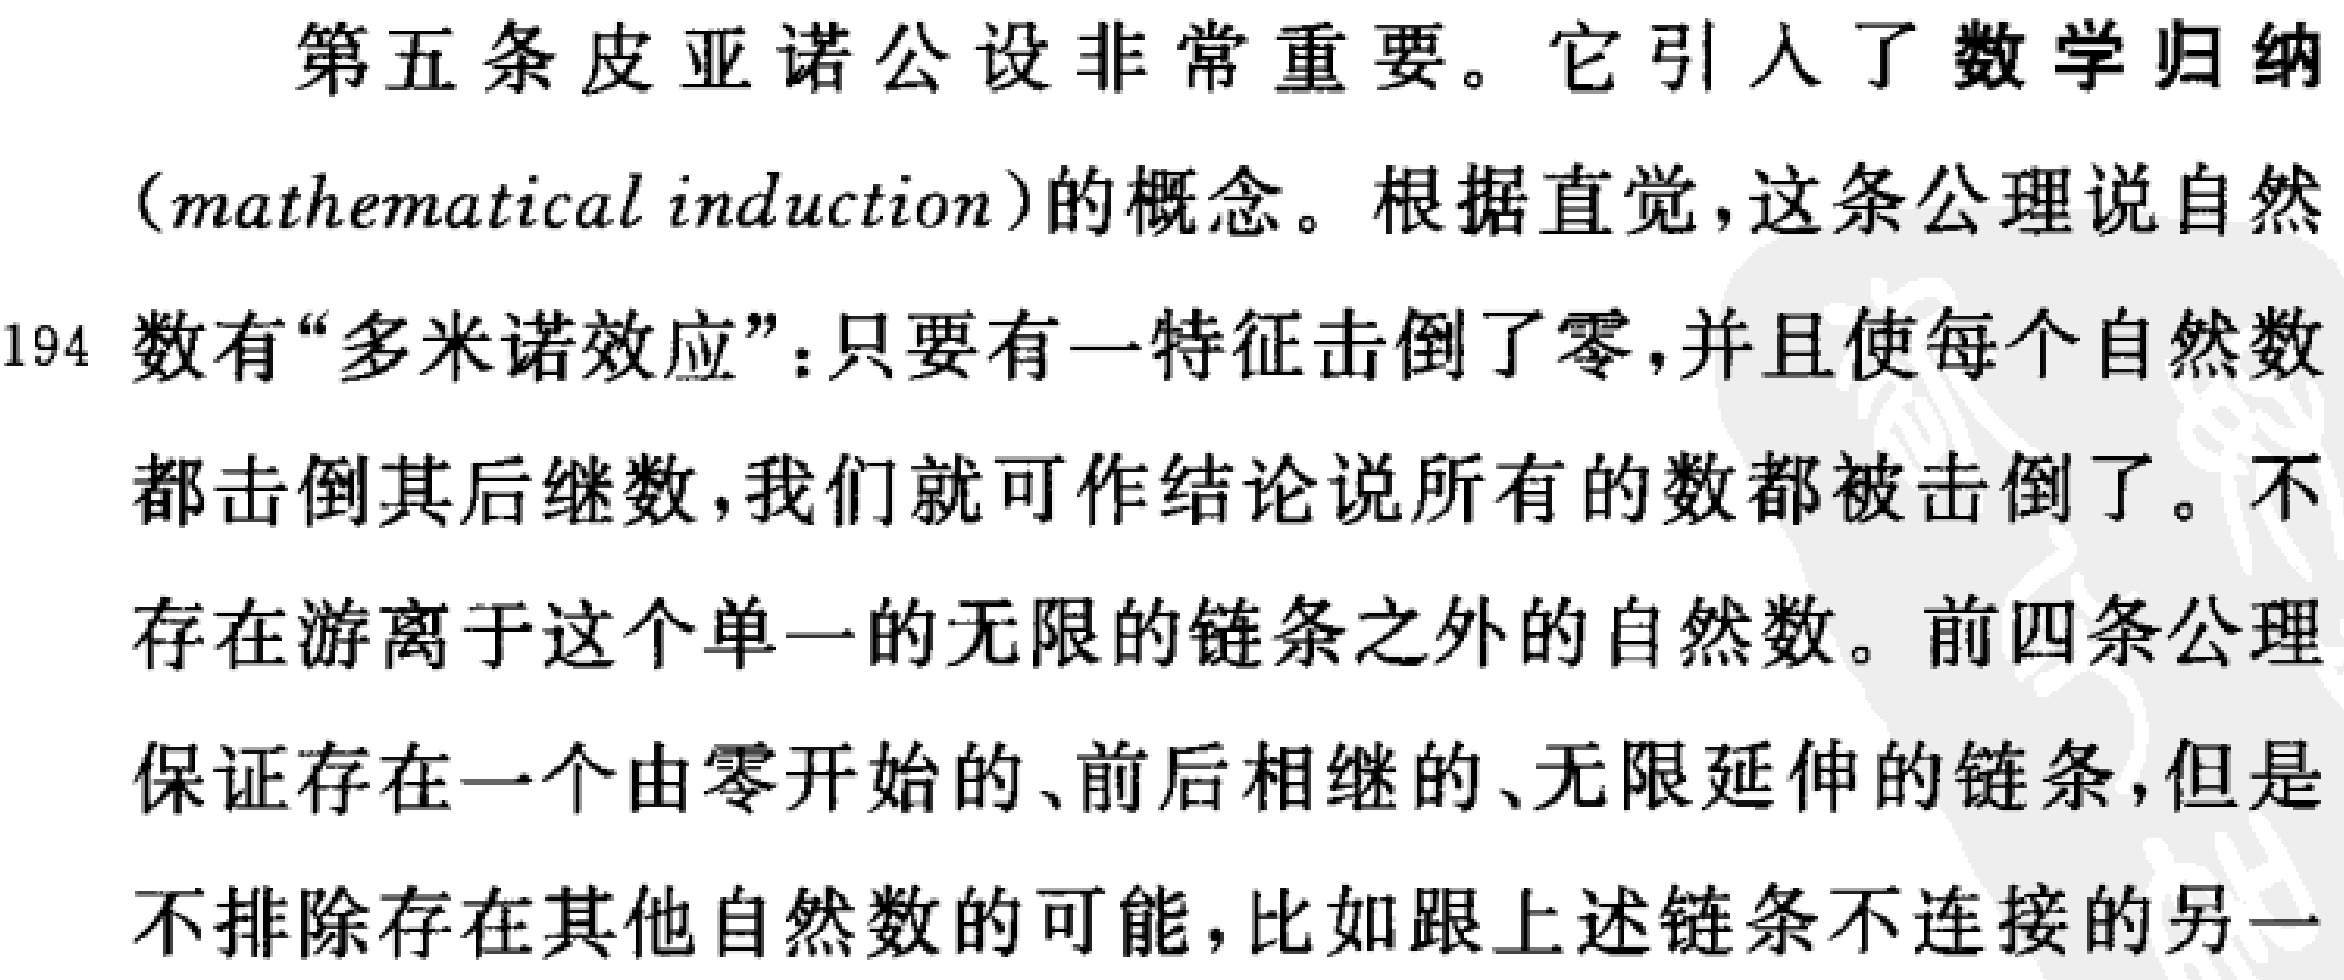
第五条皮亚诺公设非常重要。它引入了数学归纳

（mathematical induction）的概念。根据直觉，这条公理说自然

数有“多米诺效应”：只要有一特征击倒了零，并且使每个自然数

都击倒其后继数，我们就可作结论说所有的数都被击倒了。不

存在游离于这个单一的无限的链条之外的自然数。前四条公理

保证存在一个由零开始的、前后相继的、无限延伸的链条，但是

不排除存在其他自然数的可能，比如跟上述链条不连接的另一